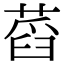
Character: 蓞